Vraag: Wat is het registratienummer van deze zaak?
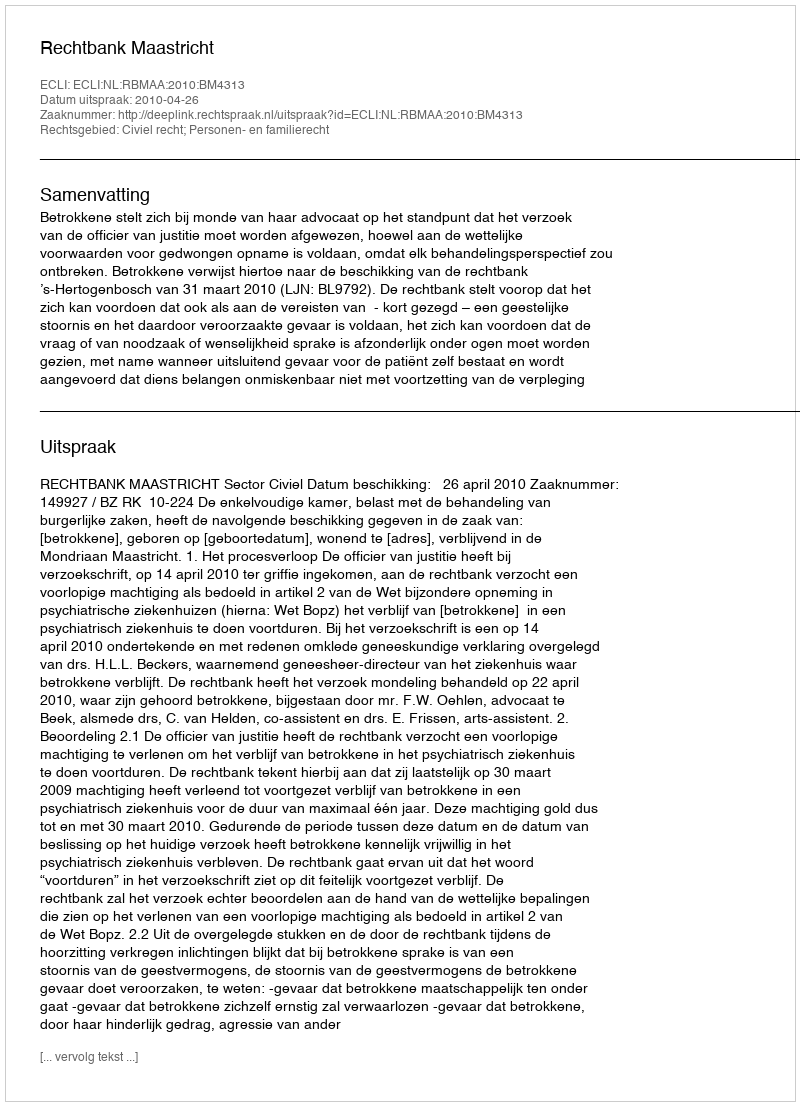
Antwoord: http://deeplink.rechtspraak.nl/uitspraak?id=ECLI:NL:RBMAA:2010:BM4313